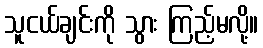
သူငယ်ချင်းကို သွား ကြည့်မလို့။